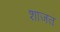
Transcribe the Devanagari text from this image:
शाजत